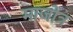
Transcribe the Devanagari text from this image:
माजोत्र